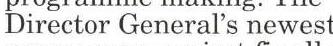
Director General's newest